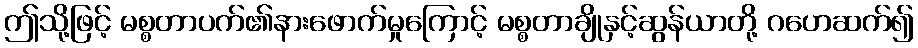
ဤသို့ဖြင့် မစ္စတာပက်၏နားဖောက်မှုကြောင့် မစ္စတာချိုနှင့်ဆွန်ယာတို့ ဂဟေဆက်၍